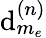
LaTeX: \mathrm{d}_{m_{e}}^{(n)}